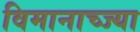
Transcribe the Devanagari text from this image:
विमानाच्ज्या